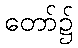
တော်၌